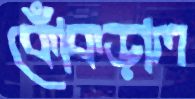
কোঁকড়াল